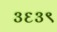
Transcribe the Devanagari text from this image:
३६३९